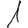
Digit: 1